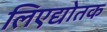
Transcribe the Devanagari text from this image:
लिएद्योतक